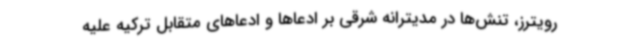
رویترز، تنش‌ها در مدیترانه شرقی بر ادعاها و ادعاهای متقابل ترکیه علیه